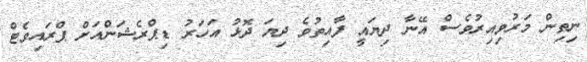
ނިތިން މަރުވިއިރުވެސް އޭނާ ދިޔައީ ފާއިތުވެ ދިޔަ ދޮޅު އަހަރު ޑިޕްރެޝަންއަށް ޕްރައިވެޓް